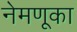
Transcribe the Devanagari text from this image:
नेमणूका